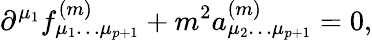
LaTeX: \partial^{\mu_{1}}f_{\mu_{1}\dots\mu_{p+1}}^{(m)}+m^{2}a_{\mu_{2}\dots\mu_{p+1}}^{(m)}=0,